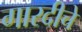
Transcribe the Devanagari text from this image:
गारदीचे